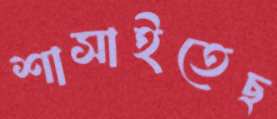
শাসাইতেছ